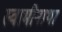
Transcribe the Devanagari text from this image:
स्वामीनाथा